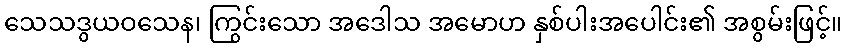
သေသဒွယဝသေန၊ ကြွင်းသော အဒေါသ အမောဟ နှစ်ပါးအပေါင်း၏ အစွမ်းဖြင့်။